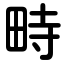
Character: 畤